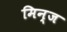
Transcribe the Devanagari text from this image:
मिन्ज